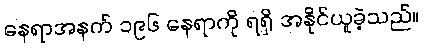
နေရာအနက် ၁၉၆ နေရာကို ရရှိ အနိုင်ယူခဲ့သည်။